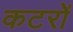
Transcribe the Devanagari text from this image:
कटरों